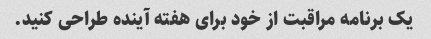
یک برنامه مراقبت از خود برای هفته آینده طراحی کنید.